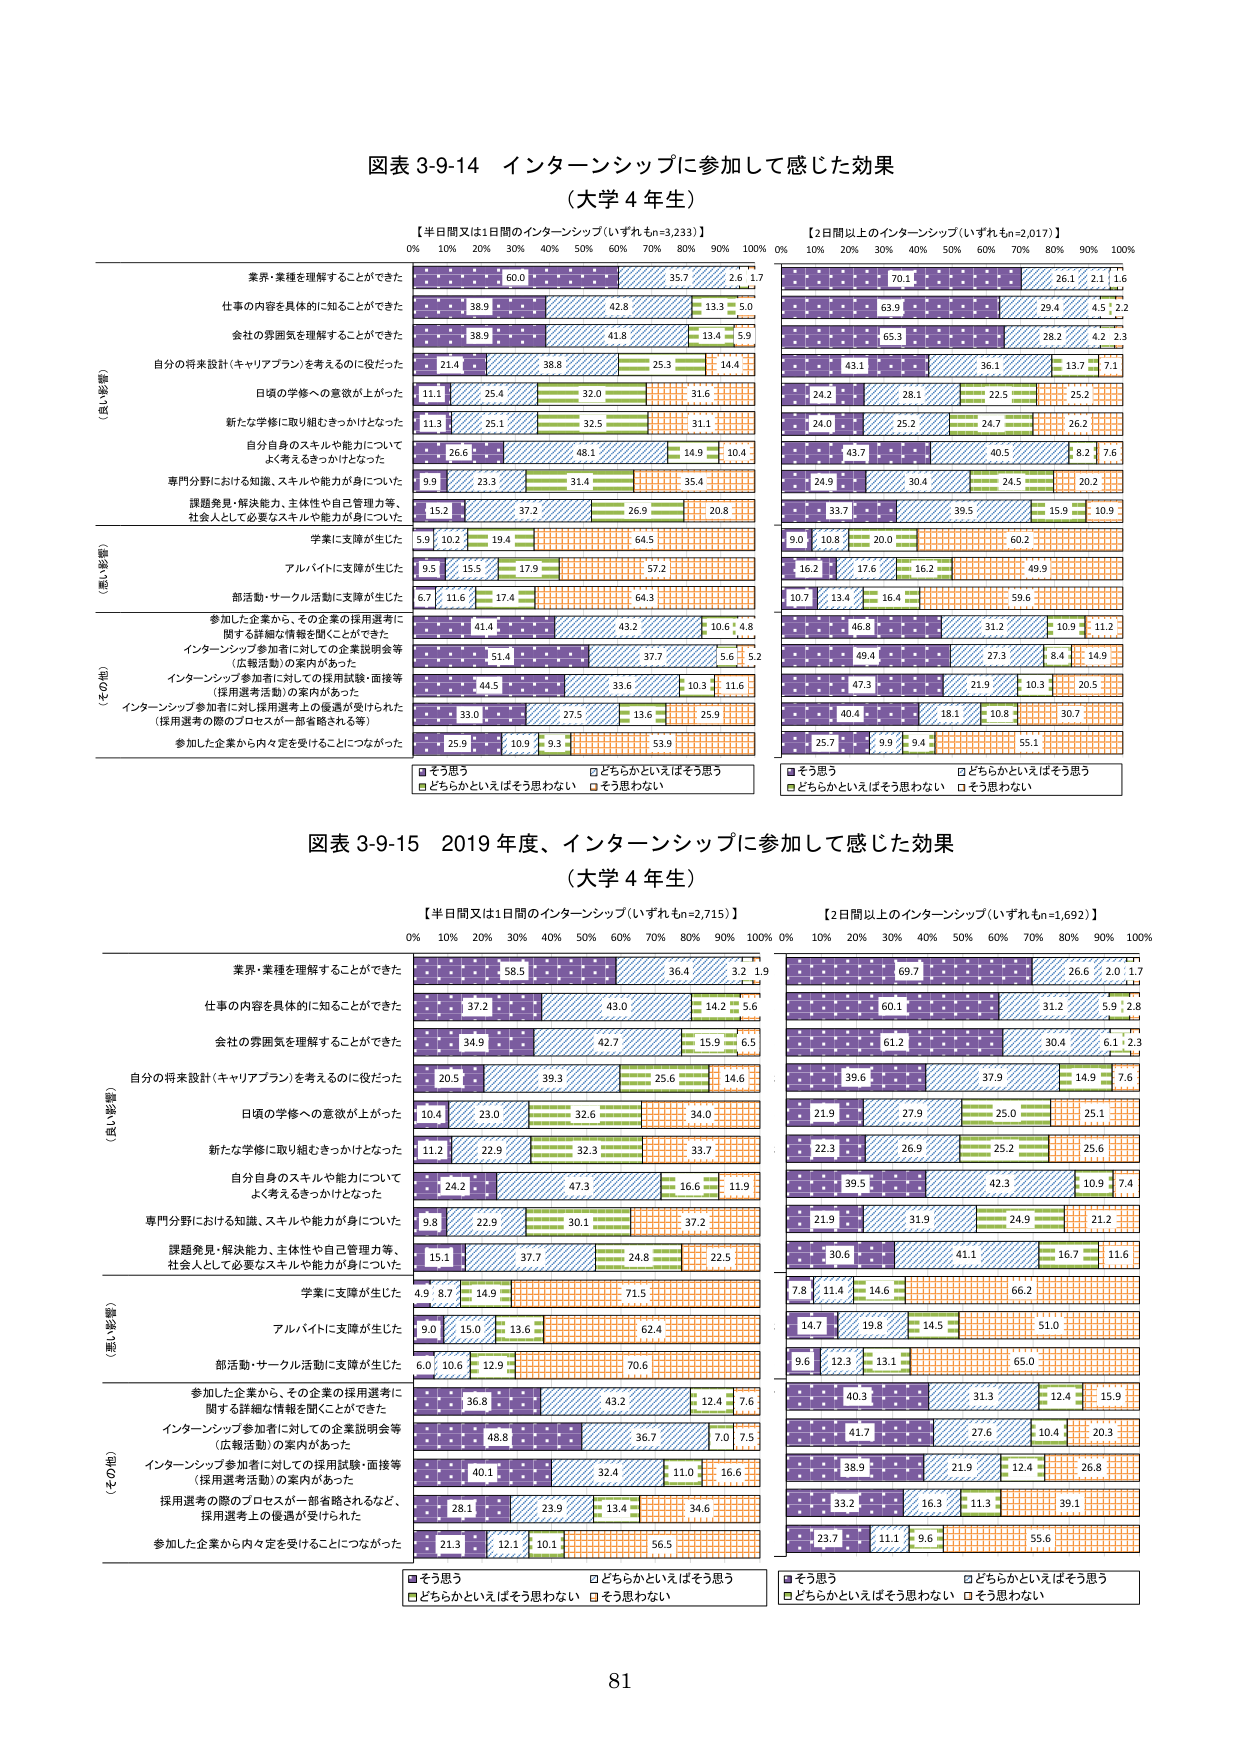
図表 3-9-14 インターンシップに参加して感じた効果
（大学 4 年生）

【半日間又は1日間のインターンシップ（いずれもn=3,233）】
【2日間以上のインターンシップ（いずれもn=2,017）】
0% 10% 20% 30% 40% 50% 60% 70% 80% 90% 100%
0% 10% 20% 30% 40% 50% 60% 70% 80% 90% 100%

（良い影響）
業界・業種を理解することができた
60.0 35.7 2.6 1.7
70.1 26.1 2.1 1.6

仕事の内容を具体的に知ることができた
38.9 42.8 13.3 5.0
63.9 29.4 4.5 2.2

会社の雰囲気を理解することができた
38.9 41.8 13.4 5.9
65.3 28.2 4.2 2.3

自分の将来設計（キャリアプラン）を考えるのに役だった
21.4 38.8 25.3 14.4
43.1 36.1 13.7 7.1

日頃の学修への意欲が上がった
11.1 25.4 32.0 31.6
24.2 28.1 22.5 25.2

新たな学修に取り組むきっかけとなった
11.3 25.1 32.5 31.1
24.0 25.2 24.7 26.2

自分自身のスキルや能力について
よく考えるきっかけとなった
26.6 48.1 14.9 10.4
43.7 40.5 8.2 7.6

専門分野における知識、スキルや能力が身についた
9.9 23.3 31.4 35.4
24.9 30.4 24.5 20.2

課題発見・解決能力、主体性や自己管理力等、
社会人として必要なスキルや能力が身についた
15.2 37.2 26.9 20.8
33.7 39.5 15.9 10.9

（悪い影響）
学業に支障が生じた
5.9 10.2 19.4 64.5
9.0 10.8 20.0 60.2

アルバイトに支障が生じた
9.5 15.5 17.9 57.2
16.2 17.6 16.2 49.9

部活動・サークル活動に支障が生じた
6.7 11.6 17.4 64.3
10.7 13.4 16.4 59.6

（その他）
参加した企業から、その企業の採用選考に
関する詳細な情報を聞くことができた
41.4 43.2 10.6 4.8
46.8 31.2 10.9 11.2

インターンシップ参加者に対しての企業説明会等
（広報活動）の案内があった
51.4 37.7 5.6 5.2
49.4 27.3 8.4 14.9

インターンシップ参加者に対しての採用試験・面接等
（採用選考活動）の案内があった
44.5 33.6 10.3 11.6
47.3 21.9 10.3 20.5

インターンシップ参加者に対し採用選考上の優遇が受けられた
（採用選考上のプロセスが一部省略される等）
33.0 27.5 13.6 25.9
40.4 18.1 10.8 30.7

参加した企業から内々定を受けることにつながった
25.9 10.9 9.3 53.9
25.7 9.9 9.4 55.1

■そう思う
□どちらかといえばそう思う
■どちらかといえばそう思わない
□そう思わない

図表 3-9-15 2019 年度、インターンシップに参加して感じた効果
（大学 4 年生）

【半日間又は1日間のインターンシップ（いずれもn=2,715）】
【2日間以上のインターンシップ（いずれもn=1,692）】
0% 10% 20% 30% 40% 50% 60% 70% 80% 90% 100%
0% 10% 20% 30% 40% 50% 60% 70% 80% 90% 100%

（良い影響）
業界・業種を理解することができた
58.5 36.4 3.2 1.9
69.7 26.6 2.0 1.7

仕事の内容を具体的に知ることができた
37.2 43.0 14.2 5.6
60.1 31.2 5.9 2.8

会社の雰囲気を理解することができた
34.9 42.7 15.9 6.5
61.2 30.4 6.1 2.3

自分の将来設計（キャリアプラン）を考えるのに役だった
20.5 39.3 25.6 14.6
39.6 37.9 14.9 7.6

日頃の学修への意欲が上がった
10.4 23.0 32.6 34.0
21.9 27.9 25.0 25.1

新たな学修に取り組むきっかけとなった
11.2 22.9 32.3 33.7
22.3 26.9 25.2 25.6

自分自身のスキルや能力について
よく考えるきっかけとなった
24.2 47.3 16.6 11.9
39.5 42.3 10.9 7.4

専門分野における知識、スキルや能力が身についた
9.8 22.9 30.1 37.2
21.9 31.9 24.9 21.2

課題発見・解決能力、主体性や自己管理力等、
社会人として必要なスキルや能力が身についた
15.1 37.7 24.8 22.5
30.6 41.1 16.7 11.6

（悪い影響）
学業に支障が生じた
4.9 8.7 14.9 71.5
7.8 11.4 14.6 66.2

アルバイトに支障が生じた
9.0 15.0 13.6 62.4
14.7 19.8 14.5 51.0

部活動・サークル活動に支障が生じた
6.0 10.6 12.9 70.6
9.6 12.3 13.1 65.0

（その他）
参加した企業から、その企業の採用選考に
関する詳細な情報を聞くことができた
36.8 43.2 12.4 7.6
40.3 31.3 12.4 15.9

インターンシップ参加者に対しての企業説明会等
（広報活動）の案内があった
48.8 36.7 7.0 7.5
41.7 27.6 10.4 20.3

インターンシップ参加者に対しての採用試験・面接等
（採用選考活動）の案内があった
40.1 32.4 11.0 16.6
38.9 21.9 12.4 26.8

採用選考の際のプロセスが一部省略されるなど、
採用選考上の優遇が受けられた
28.1 23.9 13.4 34.6
33.2 16.3 11.3 39.1

参加した企業から内々定を受けることにつながった
21.3 12.1 10.1 56.5
23.7 11.1 9.6 55.6

■そう思う
□どちらかといえばそう思う
■どちらかといえばそう思わない
□そう思わない

81